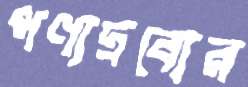
পণ্যদ্রব্যের